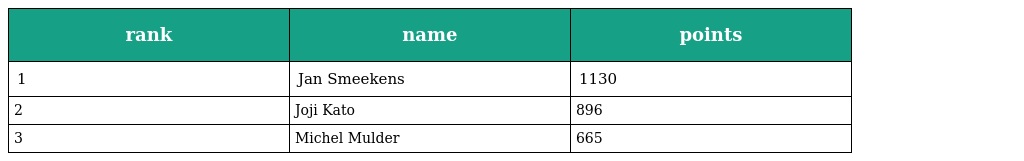
| rank | name | points |
 | --- | --- | --- |
 | 1 | Jan Smeekens | 1130 |
 | 2 | Joji Kato | 896 |
 | 3 | Michel Mulder | 665 |